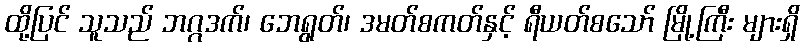
ထို့ပြင် သူသည် ဘဂ္ဂဒက်၊ ဘေရွတ်၊ ဒမတ်စကတ်နှင့် ရီယတ်စသော် မြို့ကြီး များရှိ